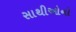
સાથીઓનો